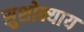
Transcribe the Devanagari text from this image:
सुशोक्याय